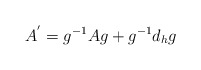
\begin{align*} A^{'} = g^{-1} A g + g^{-1} d_{h}g\end{align*}